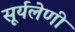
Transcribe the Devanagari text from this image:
सूर्यलेणी